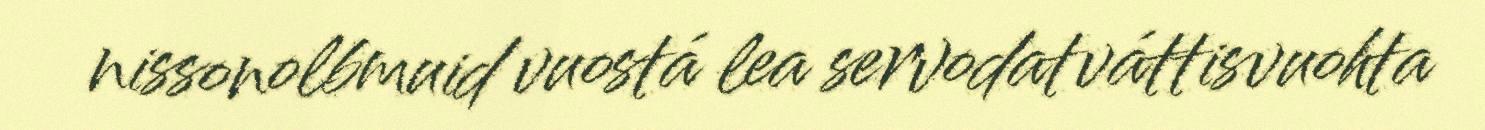
nissonolbmuid vuostá lea servodatváttisvuohta